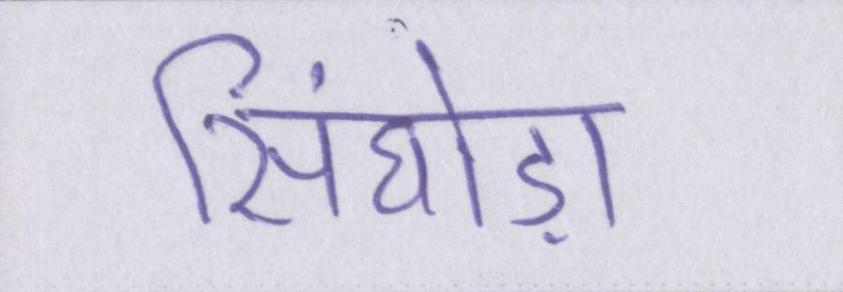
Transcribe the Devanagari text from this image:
सिंघोड़ा